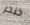
خنجر